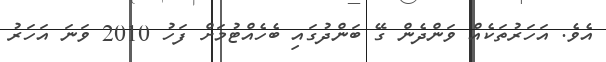
އެވެ. އަހަރުތަކެއް ވަންދެން ގޭ ބަންދުގައި ބެހެއްޓުމަށް ފަހު 2010 ވަނަ އަހަރު